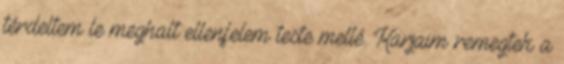
térdeltem le meghalt ellenfelem teste mellé. Karjaim remegtek a